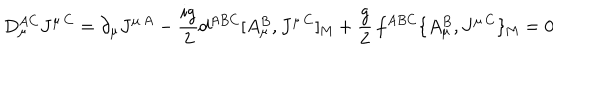
LaTeX: D _ { \mu } ^ { A C } J ^ { \mu \, C } = \partial _ { \mu } J ^ { \mu \, A } - { \frac { i g } { 2 } } d ^ { A B C } [ A _ { \mu } ^ { B } , J ^ { \mu \, C } ] _ { \mathrm { M } } + { \frac { g } { 2 } } \, f ^ { A B C } \{ A _ { \mu } ^ { B } , J ^ { \mu \, C } \} _ { \mathrm { M } } = 0